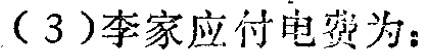
（3）李家应付电费为：